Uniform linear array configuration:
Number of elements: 12
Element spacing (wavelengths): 0.75
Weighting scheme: hamming
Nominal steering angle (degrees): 60
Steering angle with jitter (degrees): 60.171
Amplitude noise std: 0.05
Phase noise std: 0.05

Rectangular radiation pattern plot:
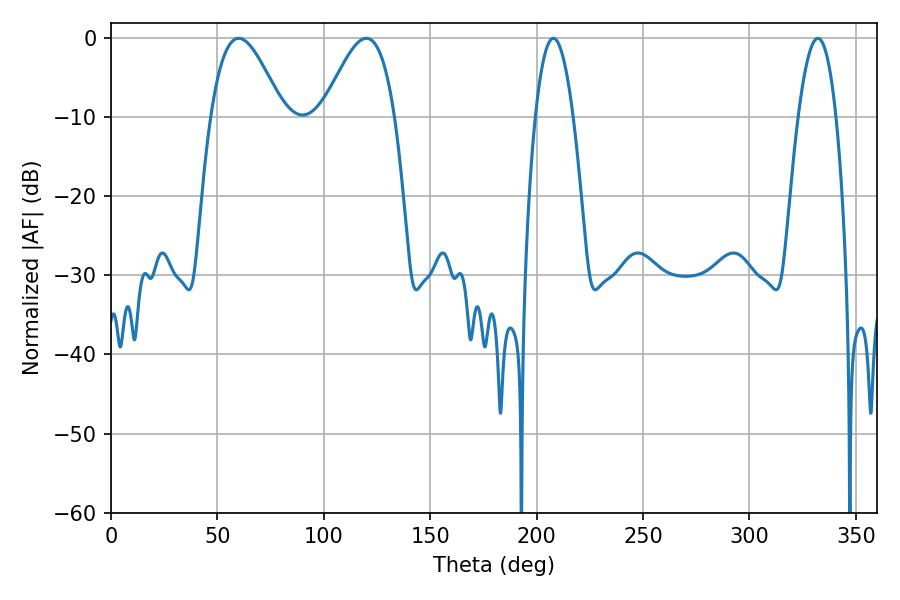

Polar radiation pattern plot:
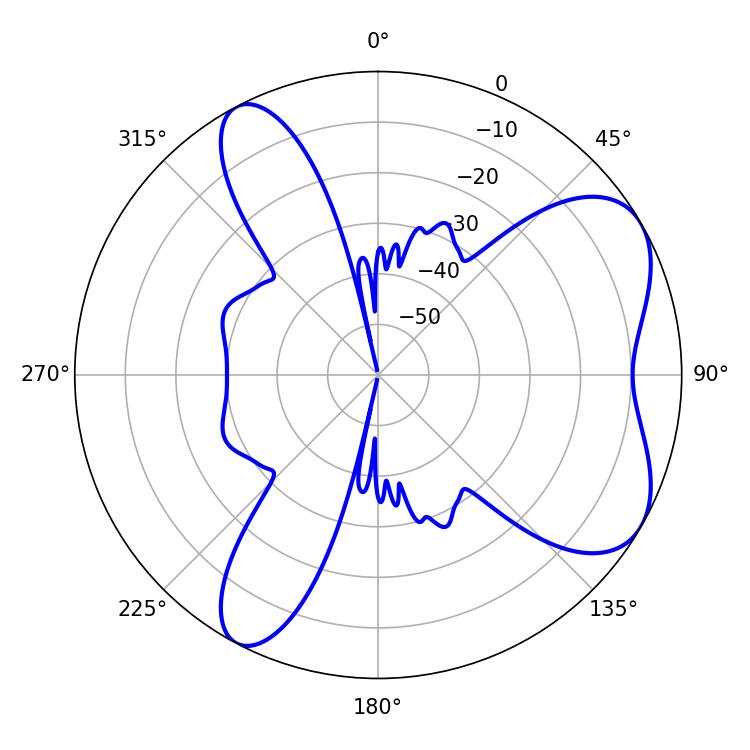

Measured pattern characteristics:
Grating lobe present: TRUE
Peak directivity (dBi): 6.345
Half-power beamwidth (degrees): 18.18
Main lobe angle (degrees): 59.94